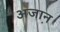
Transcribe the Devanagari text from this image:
अजा़न